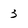
Character: 3